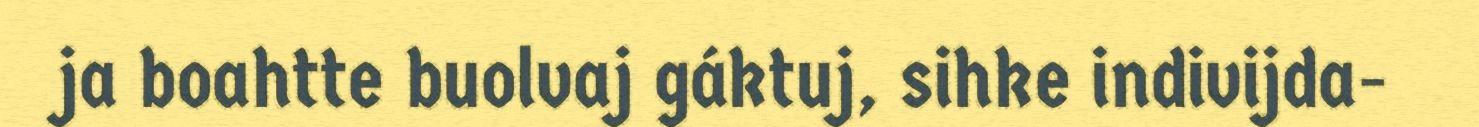
ja boahtte buolvaj gáktuj, sihke indivijda-